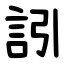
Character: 訠